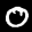
Label: 0